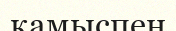
қамыспен